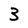
Character: 3